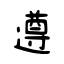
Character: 遵